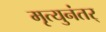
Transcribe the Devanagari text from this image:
मृत्युनंतर्